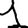
Digit: 1